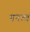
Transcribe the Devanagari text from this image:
गनत्व